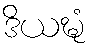
ဒိယဍ္ဎံ